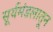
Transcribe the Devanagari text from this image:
सूर्यमंडलातून